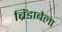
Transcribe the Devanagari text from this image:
ब्रिंडाबेला